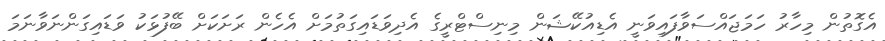
އެގޮތުން މިހާރު ހަމަޖައްސަވާފައިވަނީ އެޑިއުކޭޝަން މިނިސްޓްރީގެ އެދިވަޑައިގަތުމަށް އެހެން ރަށަކަށް ބޭފުޅަކު ވަޑައިގަންނަވާނަމަ